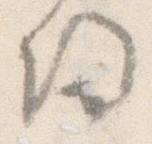
帰